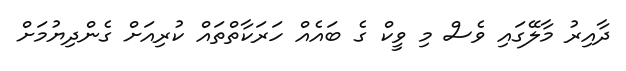
ދާއިރު މާލޭގައި ވެސް މި ވީކް ގެ ބައެއް ހަރަކާތްތައް ކުރިއަށް ގެންދިޔުމަށް